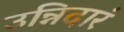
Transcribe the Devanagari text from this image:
उन्निदारं